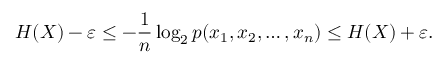
H ( X ) - \varepsilon \leq - { \frac { 1 } { n } } \log _ { 2 } p ( x _ { 1 } , x _ { 2 } , \ldots , x _ { n } ) \leq H ( X ) + \varepsilon .